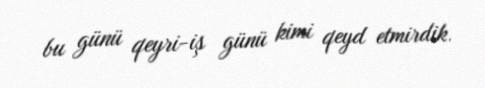
bu günü qeyri-iş günü kimi qeyd etmirdik.